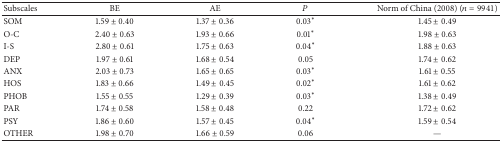
| Subscales | BE | AE | P | Norm of China (2008) (n = 9941) |
 | --- | --- | --- | --- | --- |
 | SOM | 1.59 ± 0.40 | 1.37 ± 0.36 | 0.03* | 1.45 ± 0.49 |
 | O-C | 2.40 ± 0.63 | 1.93 ± 0.66 | 0.01* | 1.98 ± 0.63 |
 | I-S | 2.80 ± 0.61 | 1.75 ± 0.63 | 0.04* | 1.88 ± 0.63 |
 | DEP | 1.97 ± 0.61 | 1.68 ± 0.54 | 0.05 | 1.74 ± 0.62 |
 | ANX | 2.03 ± 0.73 | 1.65 ± 0.65 | 0.03* | 1.61 ± 0.55 |
 | HOS | 1.83 ± 0.66 | 1.49 ± 0.45 | 0.02* | 1.61 ± 0.62 |
 | PHOB | 1.55 ± 0.55 | 1.29 ± 0.39 | 0.03* | 1.38 ± 0.49 |
 | PAR | 1.74 ± 0.58 | 1.58 ± 0.48 | 0.22 | 1.72 ± 0.62 |
 | PSY | 1.86 ± 0.60 | 1.57 ± 0.45 | 0.04* | 1.59 ± 0.54 |
 | OTHER | 1.98 ± 0.70 | 1.66 ± 0.59 | 0.06 | — |